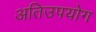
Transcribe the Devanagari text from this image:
अतिउपयोग